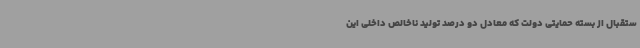
ستقبال از بسته حمایتی دولت که معادل دو درصد تولید ناخالص داخلی این